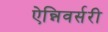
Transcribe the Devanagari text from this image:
ऐन्निवर्सरी